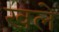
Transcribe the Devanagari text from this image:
खले